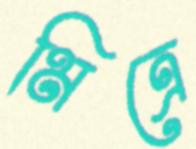
মিত্রে